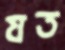
যত